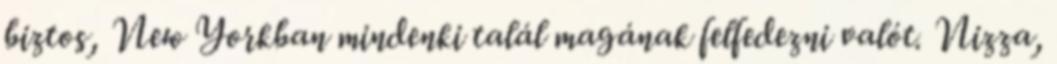
biztos, New Yorkban mindenki talál magának felfedezni valót. Nizza,